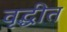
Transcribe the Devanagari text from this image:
वृद्धीत